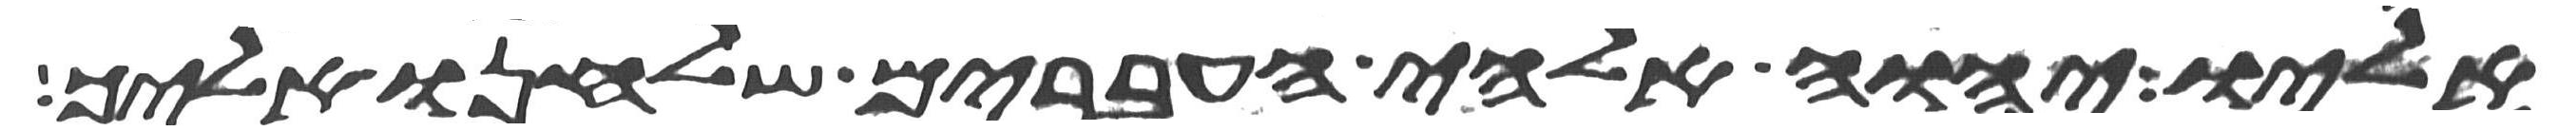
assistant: אליו יהוה אלהי העברים שלחנו אליך